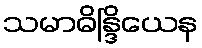
သမာဓိန္ဒြိယေန